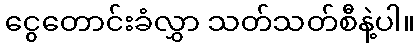
ငွေတောင်းခံလွှာ သတ်သတ်စီနဲ့ပါ။